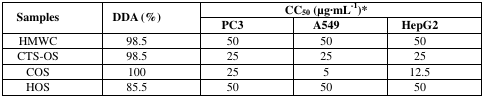
<table><thead><tr><td rowspan="2"><b>Samples</b></td><td rowspan="2"><b>DDA (%)</b></td><td colspan="3"><b>CC<sub>50</sub> (μg·mL<sup>−1</sup>)*</b></td></tr><tr><td><b>PC3</b></td><td><b>A549</b></td><td><b>HepG2</b></td></tr></thead><tbody><tr><td>HMWC</td><td>98.5</td><td>50</td><td>50</td><td>50</td></tr><tr><td>CTS-OS</td><td>98.5</td><td>25</td><td>25</td><td>25</td></tr><tr><td>COS</td><td>100</td><td>25</td><td>5</td><td>12.5</td></tr><tr><td>HOS</td><td>85.5</td><td>50</td><td>50</td><td>50</td></tr></tbody></table>